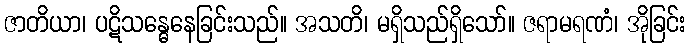
ဇာတိယာ၊ ပဋိသန္ဓေနေခြင်းသည်။ အသတိ၊ မရှိသည်ရှိသော်။ ဇရာမရဏံ၊ အိုခြင်း